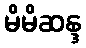
မိမိဆန္ဒ